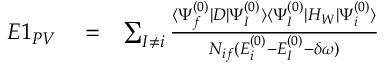
\begin{array} { r l r } { E 1 _ { P V } } & { { } = } & { \sum _ { I \ne i } \frac { \langle \Psi _ { f } ^ { ( 0 ) } | D | \Psi _ { I } ^ { ( 0 ) } \rangle \langle \Psi _ { I } ^ { ( 0 ) } | H _ { W } | \Psi _ { i } ^ { ( 0 ) } \rangle } { { \cal N } _ { i f } ( E _ { i } ^ { ( 0 ) } - E _ { I } ^ { ( 0 ) } - \delta \omega ) } } \end{array}